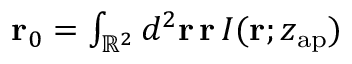
\begin{array} { r } { \mathbf { r } _ { 0 } = \int _ { \mathbb { R } ^ { 2 } } d ^ { 2 } \mathbf { r } \, \mathbf { r } \, I ( \mathbf { r } ; z _ { \mathrm { a p } } ) } \end{array}